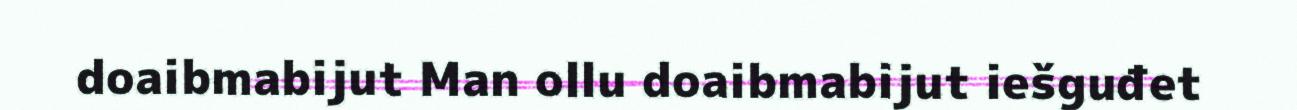
doaibmabijut Man ollu doaibmabijut iešguđet